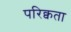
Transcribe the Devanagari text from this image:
परिक्वता